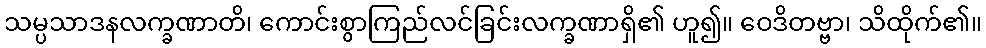
သမ္ပသာဒနလက္ခဏာတိ၊ ကောင်းစွာကြည်လင်ခြင်းလက္ခဏာရှိ၏ ဟူ၍။ ဝေဒိတဗ္ဗာ၊ သိထိုက်၏။